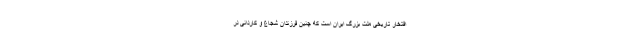
افتخار تاریخی ملت بزرگ ایران است که چنین فرزندان شجاع و کاردانی در